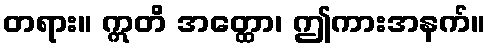
တရား။ ဣတိ အတ္ထော၊ ဤကားအနက်။